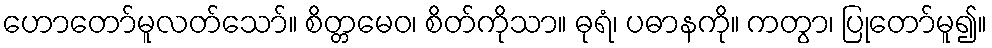
ဟောတော်မူလတ်သော်။ စိတ္တမေဝ၊ စိတ်ကိုသာ။ ဓုရံ၊ ပဓာနကို။ ကတွာ၊ ပြုတော်မူ၍။